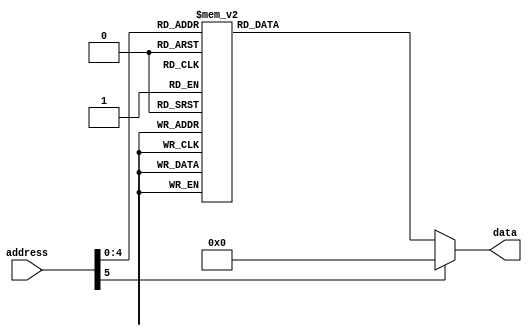
`ifndef M_get_radian
`define M_get_radian

module get_radian (
  input [5:0] address,
  output reg [27:0] data
);
    always @(*) begin
        case (address)
            5'd0:  data = 28'b1100100100001111110110101010;
            5'd1:  data = 28'b0111011010110001100111000001;
            5'd2:  data = 28'b0011111010110110111010111111;
            5'd3:  data = 28'b0001111111010101101110101001;
            5'd4:  data = 28'b0000111111111010101011011101;
            5'd5:  data = 28'b0000011111111111010101010110;
            5'd6:  data = 28'b0000001111111111111010101010;
            5'd7:  data = 28'b0000000111111111111111010101;
            5'd8:  data = 28'b0000000011111111111111111010;
            5'd9:  data = 28'b0000000001111111111111111111;
            5'd10: data = 28'b0000000000111111111111111111;
            5'd11: data = 28'b0000000000011111111111111111;
            5'd12: data = 28'b0000000000001111111111111111;
            5'd13: data = 28'b0000000000000111111111111111;
            5'd14: data = 28'b0000000000000011111111111111;
            5'd15: data = 28'b0000000000000001111111111111;
            5'd16: data = 28'b0000000000000000111111111111;
            5'd17: data = 28'b0000000000000000011111111111;
            5'd18: data = 28'b0000000000000000001111111111;
            5'd19: data = 28'b0000000000000000000111111111;
            5'd20: data = 28'b0000000000000000000011111111;
            5'd21: data = 28'b0000000000000000000001111111;
            5'd22: data = 28'b0000000000000000000000111111;
            5'd23: data = 28'b0000000000000000000000011111;
            5'd24: data = 28'b0000000000000000000000001111;
            5'd25: data = 28'b0000000000000000000000000111;
            5'd26: data = 28'b0000000000000000000000000011;
            5'd27: data = 28'b0000000000000000000000000010;
            default: data = 0;
        endcase
    end
endmodule

`endif